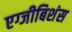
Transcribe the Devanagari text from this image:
एग्जीबिशंस